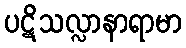
ပဋိသလ္လာနာရာမာ